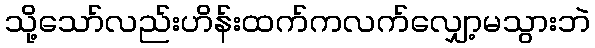
သို့သော်လည်းဟိန်းထက်ကလက်လျှော့မသွားဘဲ